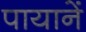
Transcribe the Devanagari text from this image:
पायानें